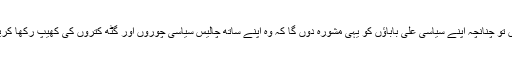
میں تو چنانچہ اپنے سیاسی علی باباؤں کو یہی مشورہ دوں گا کہ وہ اپنے ساتھ چالیس سیاسی چوروں اور گٹھ کتروں کی کھیپ رکھا کریں۔